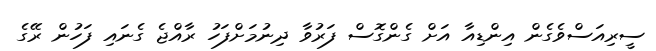
ސީރިއަސްވެގެން އިންޑިއާ އަށް ގެންގޮސް ފަރުވާ ދިނުމަށްފަހު ރާއްޖެ ގެނައި ފަހުން ރޭގެ